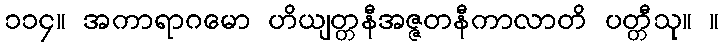
၁၁၄။ အကာရာဂမော ဟိယျတ္တနီအဇ္ဇတနီကာလာတိ ပတ္တီသု။ ။